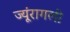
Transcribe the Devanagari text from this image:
ज्यूंरागली